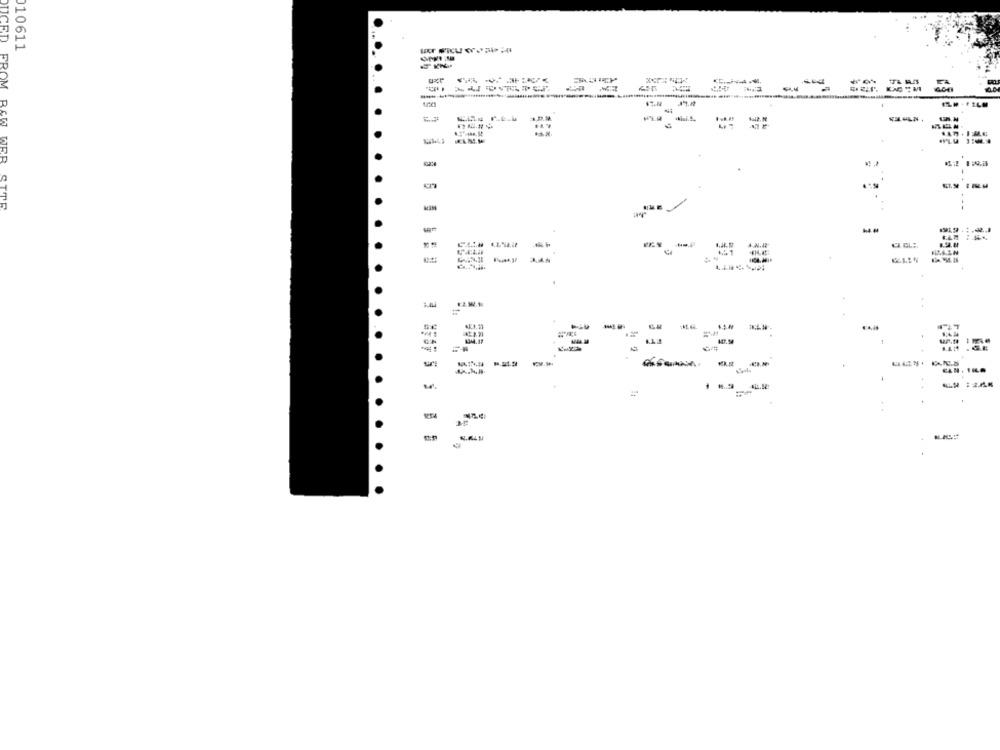
10611
DUCED FROM
EN .FILM
WER
4.N.44